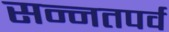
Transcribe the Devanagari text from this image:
सन्नतपर्व